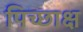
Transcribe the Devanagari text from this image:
पिच्छाक्ष